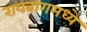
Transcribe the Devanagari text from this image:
रायबागमध्ये